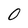
Character: 0